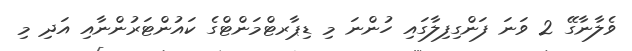
ވެލާނާގޭ 2 ވަނަ ފަންގިފިލާގައި ހުންނަ މި ޑިޕާރޓްމަންޓްގެ ކައުންޓަރުންނާއި އަދި މި